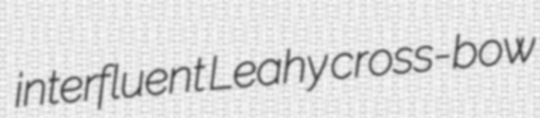
interfluent Leahy cross-bow